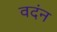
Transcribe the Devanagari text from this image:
वदंन